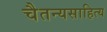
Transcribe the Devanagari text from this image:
चैतन्यसाहित्य